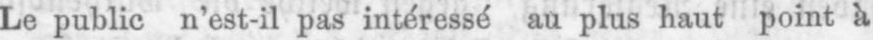
Le public n’est-il pas intéressé au plus haut point à